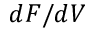
d F / d V